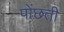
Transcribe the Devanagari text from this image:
पोंछती